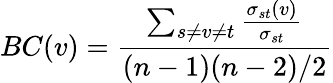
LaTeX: BC(v)=\frac{\sum_{s\neq v\neq t}\frac{\sigma_{st}(v)}{\sigma_{st}}}{(n-1)(n-2)/2}